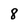
Character: 8